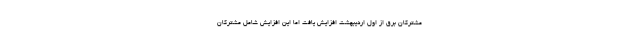
مشترکان برق از اول اردیبهشت افزایش یافت اما این افزایش شامل مشترکان